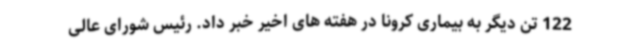
122 تن دیگر به بیماری کرونا در هفته های اخیر خبر داد. رئیس شورای عالی